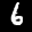
Label: 6